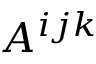
A ^ { i j k }